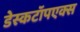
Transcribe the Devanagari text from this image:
डेस्कटॉपएक्स